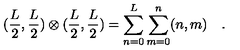
( \frac { L } { 2 } , \frac { L } { 2 } ) \otimes ( \frac { L } { 2 } , \frac { L } { 2 } ) = \sum _ { n = 0 } ^ { L } \sum _ { m = 0 } ^ { n } ( n , m ) \quad .